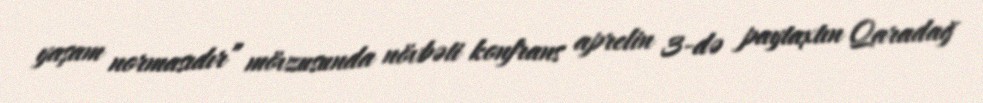
yaşam normasıdır” mövzusunda növbəti konfrans aprelin 3-də paytaxtın Qaradağ